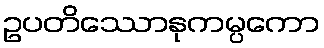
ဥပတိဿောနုကမ္ပကော